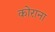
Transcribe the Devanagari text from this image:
कोराना